Riigikantselei, lk 7
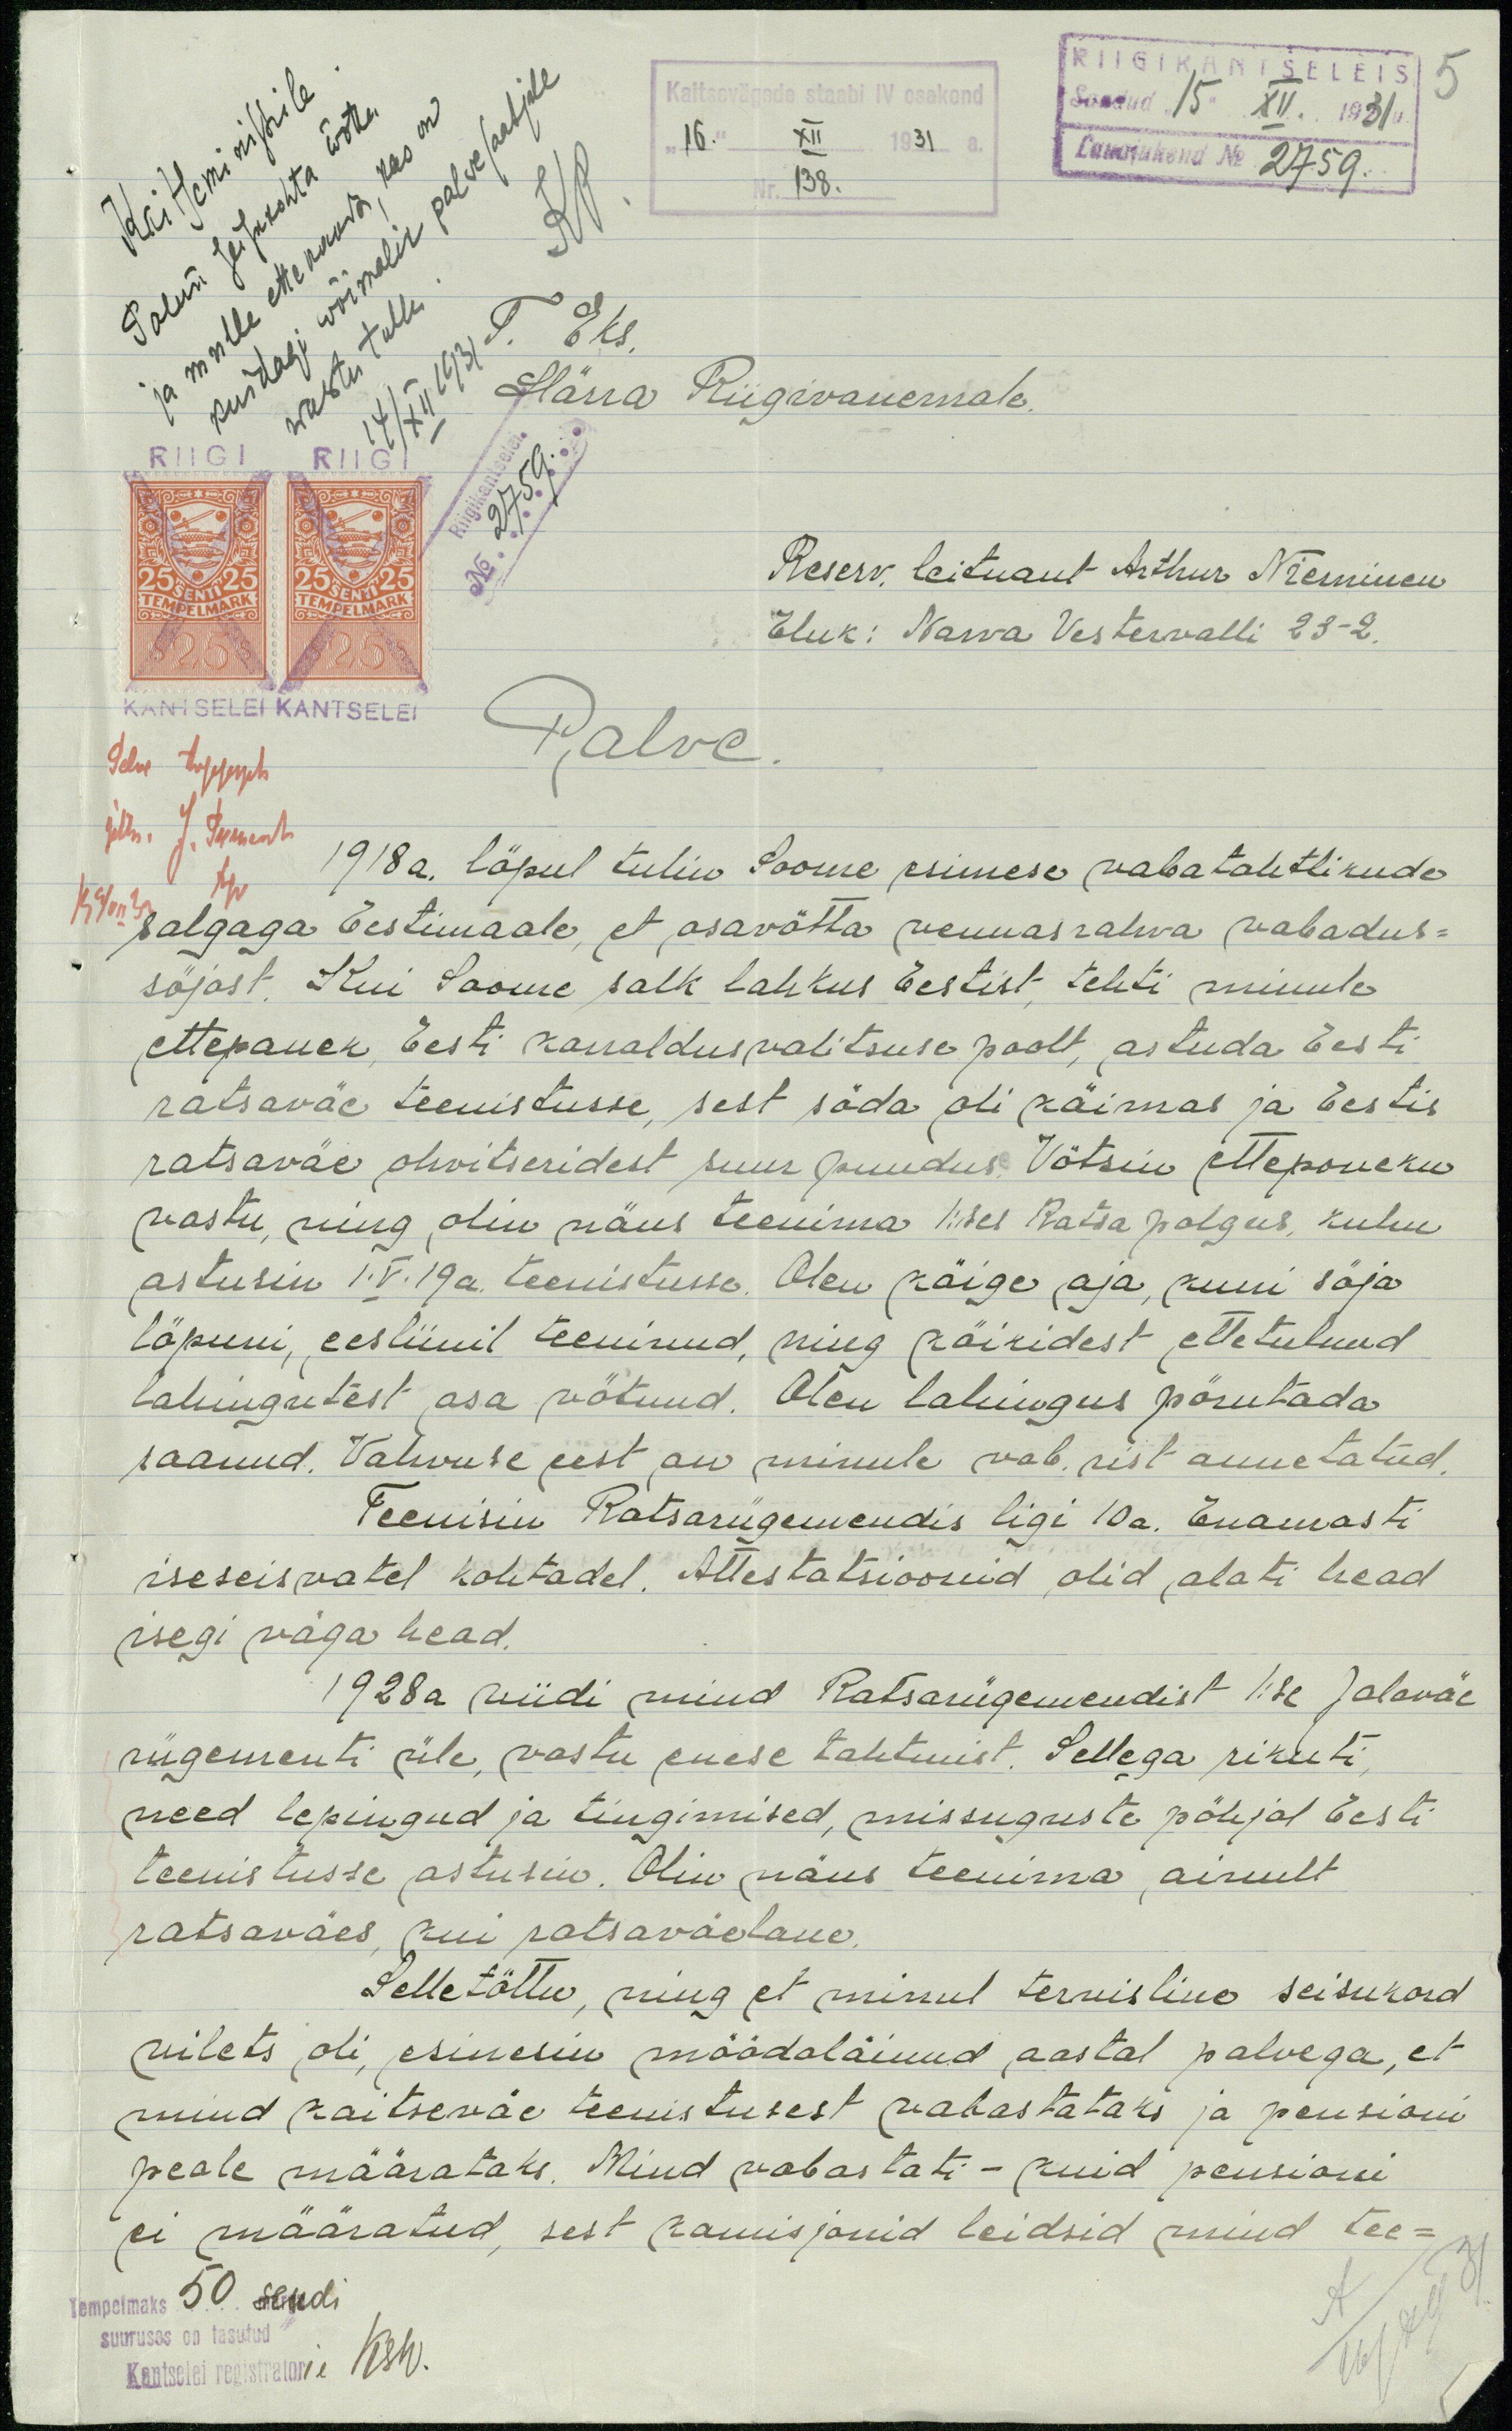
Kaitsevägada staabi IV osakond
RIIGIKANTSELEIS 5
Saadud 15" XII 1931
"16" XII 1931 a
Kaitseministrile
KP
138.
Lauajuhend No. 2759.
Palun seisukohta wõtta
kuidagi wõimalik palwesaatjale
ja mulle ettekanda, kas on
wastu tulla.
Härra Riigivanemale.
No. 2759
Reserv. leitnant Arthur Nieminen
Eluk: Narva Vestervalli 23-2.
KANTSELEI KANTSELEI
Palve
1918a. lõpul tulin Soome esimese vabatahtlikude
salgaga Eestimaale, et osavõtta vennasrahva vabadus-
sõjast. Kui Soome salk lahkus Eestist tehti minule
ettepanek Eesti korraldusvalitsuse poolt, astuda Eesti
ratsaväe teenistusse, sest sõda oli käimas ja Eestis
ratsaväe ohvitseridest suur puudus. Võtsin ettepaneku
vastu ning olin näus teenima Iisel Ratsa polgus, kuhu
astusin IV. 19a. teenistusse. Olen käige aja kuni sõja-
lõpuni, eesliinil teeninud, ning käikidest, ette tulnud
lahingutest osa võtnud. Olen lahingus põrutada
saanud. Vahvuse eest on minule vab. rist annetatud.
Teenisin Ratsarügemendis ligi 10a. Enamasti
iseseisvatel kohtadel. Attestatsioonid olid alati head
isegi väga head.
1928a viidi mind Ratsarügemendist Iise Jalaväe
rügementi üle vastu enese tahtmist. Sellega rikuti,
need lepingud ja tingimised, missuguste põhjal Eesti
teenistusse astusin. Olin näus teenima, ainult
ratsaväes kui ratsaväetane,
Selle tõttu, ning et minul tervisline seisukord
wilets oli, esinesin möödaläinud aastal palvega, et
mind kaitseväe teenistusest vabastataks ja pensioni
peale määrataks. Mind vabastati - kuid pensioni
ei määratud, sest komisjonid leidsid mind tee-
Tempelmaks 50 sendi
suuruses on tasutud
Kantselei registrator